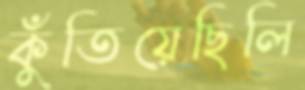
কুঁতিয়েছিলি